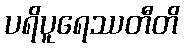
ပရိပူရေဿတီတိ